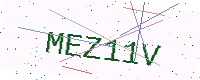
Text: MEZ11V